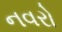
નવરો